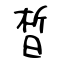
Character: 晳